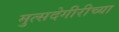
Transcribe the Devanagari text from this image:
मुत्सदेगीरीच्या